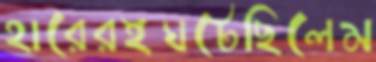
হারেরইঘটেছিলেম